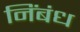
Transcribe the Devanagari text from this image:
निंबंध